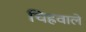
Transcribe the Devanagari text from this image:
चिह्रवाले